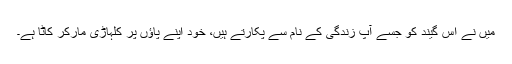
میں نے اس گیند کو جسے آپ زندگی کے نام سے پکارتے ہیں، خود اپنے پاؤں پر کلہاڑی مارکر کاٹا ہے۔